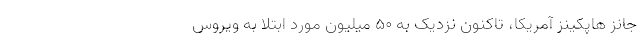
جانز هاپکینز آمریکا، تاکنون نزدیک به ۵۰ میلیون مورد ابتلا به ویروس